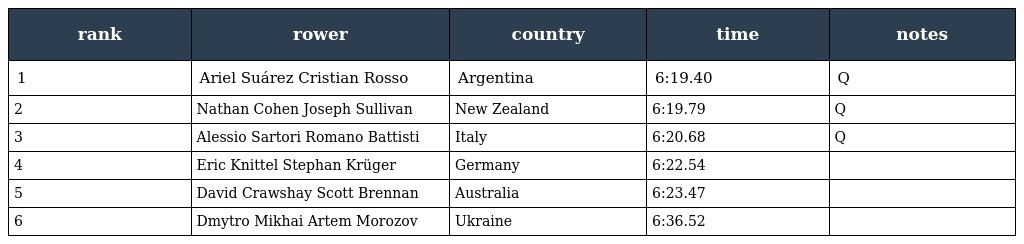
| rank | rower | country | time | notes |
 | --- | --- | --- | --- | --- |
 | 1 | Ariel Suárez Cristian Rosso | Argentina | 6:19.40 | Q |
 | 2 | Nathan Cohen Joseph Sullivan | New Zealand | 6:19.79 | Q |
 | 3 | Alessio Sartori Romano Battisti | Italy | 6:20.68 | Q |
 | 4 | Eric Knittel Stephan Krüger | Germany | 6:22.54 |  |
 | 5 | David Crawshay Scott Brennan | Australia | 6:23.47 |  |
 | 6 | Dmytro Mikhai Artem Morozov | Ukraine | 6:36.52 |  |